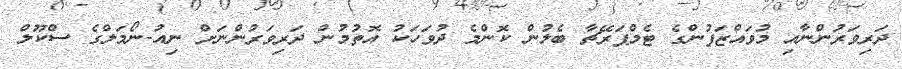
ދަރިވަރުންނާއި މުވައްޒަފުންގެ ޓެމްޕަރޭޗާ ބެލުން ކޮންމެ ދުވަހަކު އޮތުމުން ދަރިވަރުންނަށް ނިއު-ނޯމަލްގެ ސްކޫލް